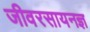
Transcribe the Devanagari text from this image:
जीवरसायनज्ञ